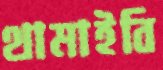
থামাইবি